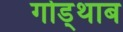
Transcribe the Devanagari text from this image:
गोड्थाब